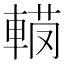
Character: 𨍅